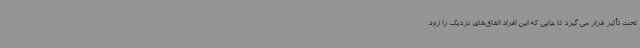
تحت تأثیر قرار می‌گیرد تا جایی که این افراد اتفاق‌های نزدیک را زود